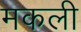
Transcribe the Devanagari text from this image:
मकली